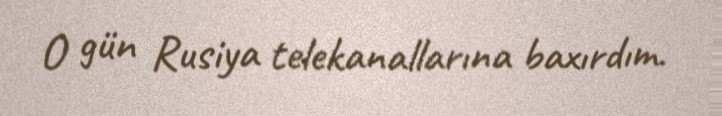
O gün Rusiya telekanallarına baxırdım.